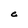
Character: e